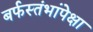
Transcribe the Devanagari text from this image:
बर्फस्तंभांपेक्षा